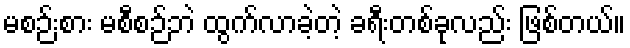
မစဉ်းစား မစီစဉ်ဘဲ ထွက်လာခဲ့တဲ့ ခရီးတစ်ခုလည်း ဖြစ်တယ်။